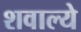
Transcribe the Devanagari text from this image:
शवाल्ये